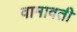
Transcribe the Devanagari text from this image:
वामावती